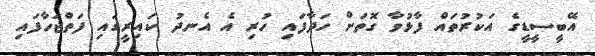
އޭބީސީޑީގެ އަކުރުތައް ފާޅުވާ ގޮތަށް ހަދާފައި ހުރި އެ އެނދު ކައިރީގައި ފަތްޖަހާފައި